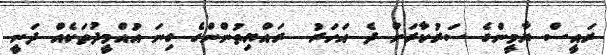
ރައީސް ޔާމީންގެ ސަރުކާރަށް ދެ އަހަރު  ރައްޔިތުންންގެ ގިނަ އުއްމީދުތަކެއް ދަނީ